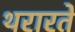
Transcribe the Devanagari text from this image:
थरारते